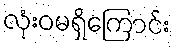
လုံးဝမရှိကြောင်း